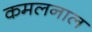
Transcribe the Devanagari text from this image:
कमलनाल